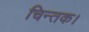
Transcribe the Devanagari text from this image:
चिन्तक।